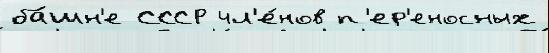
ба́шн'е СССР чл'е́нов п'ер'еносных